Malaria in the Punjab - Number 46
Disease focus: Malaria
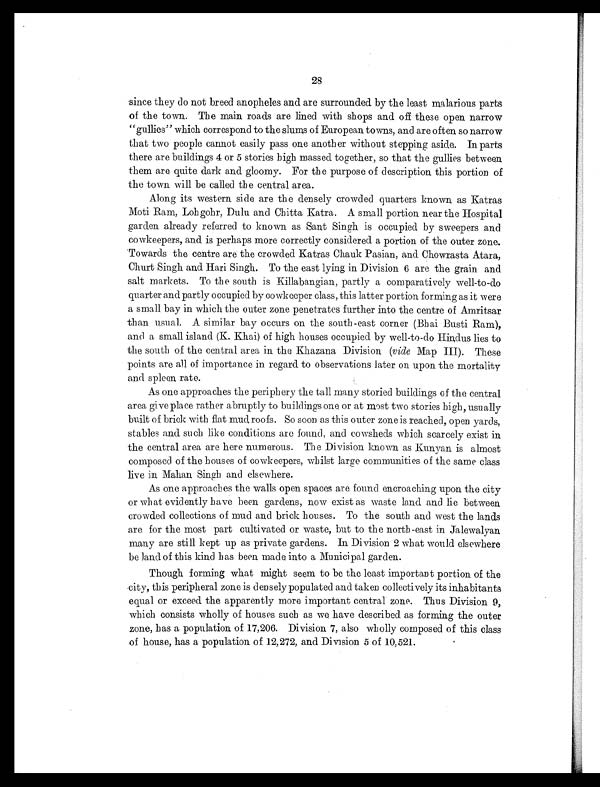
28
since they do not breed anopheles and are surrounded by the least malarious parts
of the town. The main roads are lined with shops and off these open narrow
"gullies" which correspond to the slums of European towns, and are often so narrow
that two people cannot easily pass one another without stepping aside. In parts
there are buildings 4 or 5 stories high massed together, so that the gullies between
them are quite dark and gloomy. For the purpose of description this portion of
the town will be called the central area.
Along its western side are the densely crowded quarters known as Katras
Moti Ram, Lohgohr, Dulu and Chitta Katra. A small portion near the Hospital
garden already referred to known as Sant Singh is occupied by sweepers and
cowkeepers, and is perhaps more correctly considered a portion of the outer zone.
Towards the centre are the crowded Katras Chauk Pasian, and Chowrasta Atara,
Churt Singh and Hari Singh. To the east lying in Division 6 are the grain and
salt markets. To the south is Killabangian, partly a comparatively well-to-do
quarter and partly occupied by cowkeeper class, this latter portion forming as it were
a small bay in which the outer zone penetrates further into the centre of Amritsar
than usual. A similar bay occurs on the south-east corner (Bhai Busti Ram),
and a small island (K. Khai) of high houses occupied by well-to-do Hindus lies to
the south of the central area in the Khazana Division ( vide Map III). These
points are all of importance in regard to observations later on upon the mortality
and spleen rate.
As one approaches the periphery the tall many storied buildings of the central
area give place rather abruptly to buildings one or at most two stories high, usually
built of brick with flat mud, roofs. So soon as this outer zone is reached, open yards,
stables and such like conditions are found, and cowsheds which scarcely exist in
the central area are here numerous. The Division known as Kunyan is almost
composed of the houses of cowkeepers, whilst large communities of the same class
live in Mahan Singh and elsewhere.
As one approaches the walls open spaces are found encroaching upon the city
or what evidently have been gardens, now exist as waste land and lie between
crowded collections of mud and brick houses. To the south and west the lands
are for the most part cultivated or waste, but to the north-east in Jalewalyan
many are still kept up as private gardens. In Division 2 what would elsewhere
be land of this kind has been made into a Municipal garden.
Though forming what might seem to be the least important portion of the
city, this peripheral zone is densely populated and taken collectively its inhabitants
equal or exceed the apparently more important central zone. Thus Division 9,
which consists wholly of houses such as we have described as forming the outer
zone, has a population of 17,206. Division 7, also wholly composed of this class
of house, has a population of 12,272, and Division 5 of 10,521.